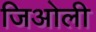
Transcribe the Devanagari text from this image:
जिओली